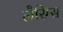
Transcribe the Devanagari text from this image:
लैरिंग्स